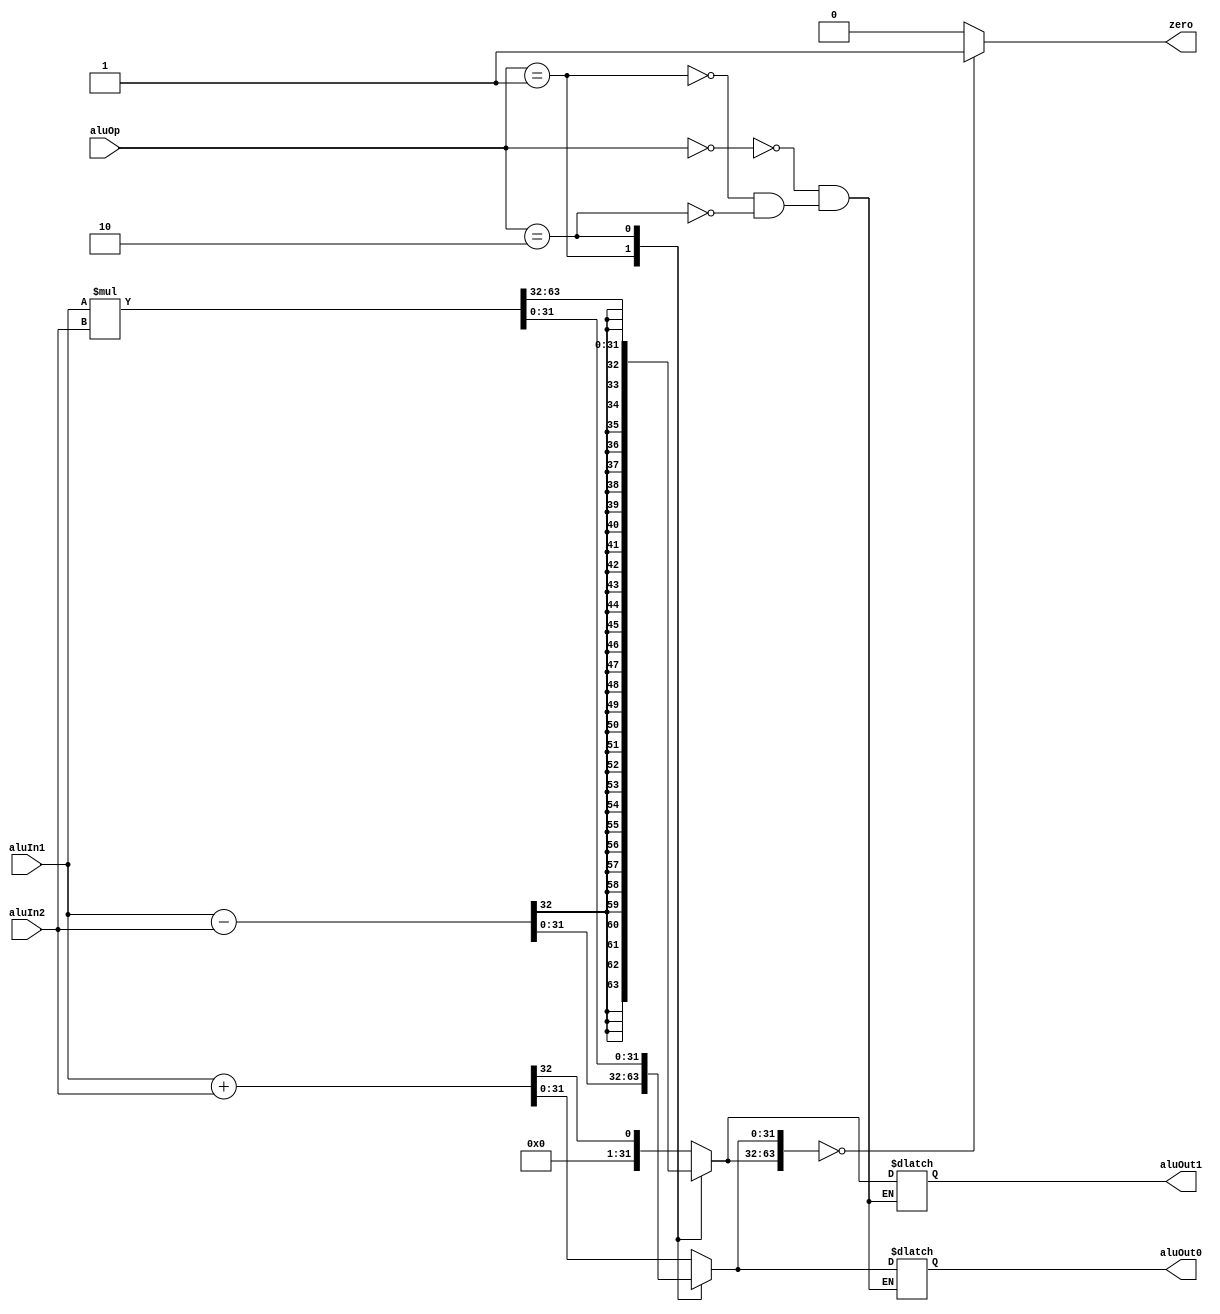
module alu(input [31:0] aluIn1, input [31:0] aluIn2, input [1:0] aluOp, output reg [31:0] aluOut0, output reg [31:0] aluOut1, output reg zero);
    
	// Write your code here
    // out0 corresponds to the lower 32 bits of the result
    // out1 corresponds to the higher 32 bits of the result
	
    always @(aluIn1 or aluIn2 or aluOp) 
    begin
        
        case (aluOp)

            2'b00 : {aluOut1, aluOut0} = aluIn1 + aluIn2;

            2'b01 : {aluOut1, aluOut0} = aluIn1 - aluIn2;

            2'b10 : {aluOut1, aluOut0} = aluIn1 * aluIn2;
        
        endcase

        if ({aluOut1, aluOut0} == 64'b0000000000000000000000000000000000000000000000000000000000000000)
        begin
            zero = 1;
        end

        else
        begin
            zero = 0;
        end
        
    end

endmodule